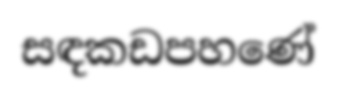
සඳකඩපහණේ